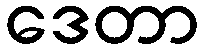
ဒေတာ